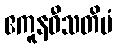
ဧကူနဝီသတိမံ